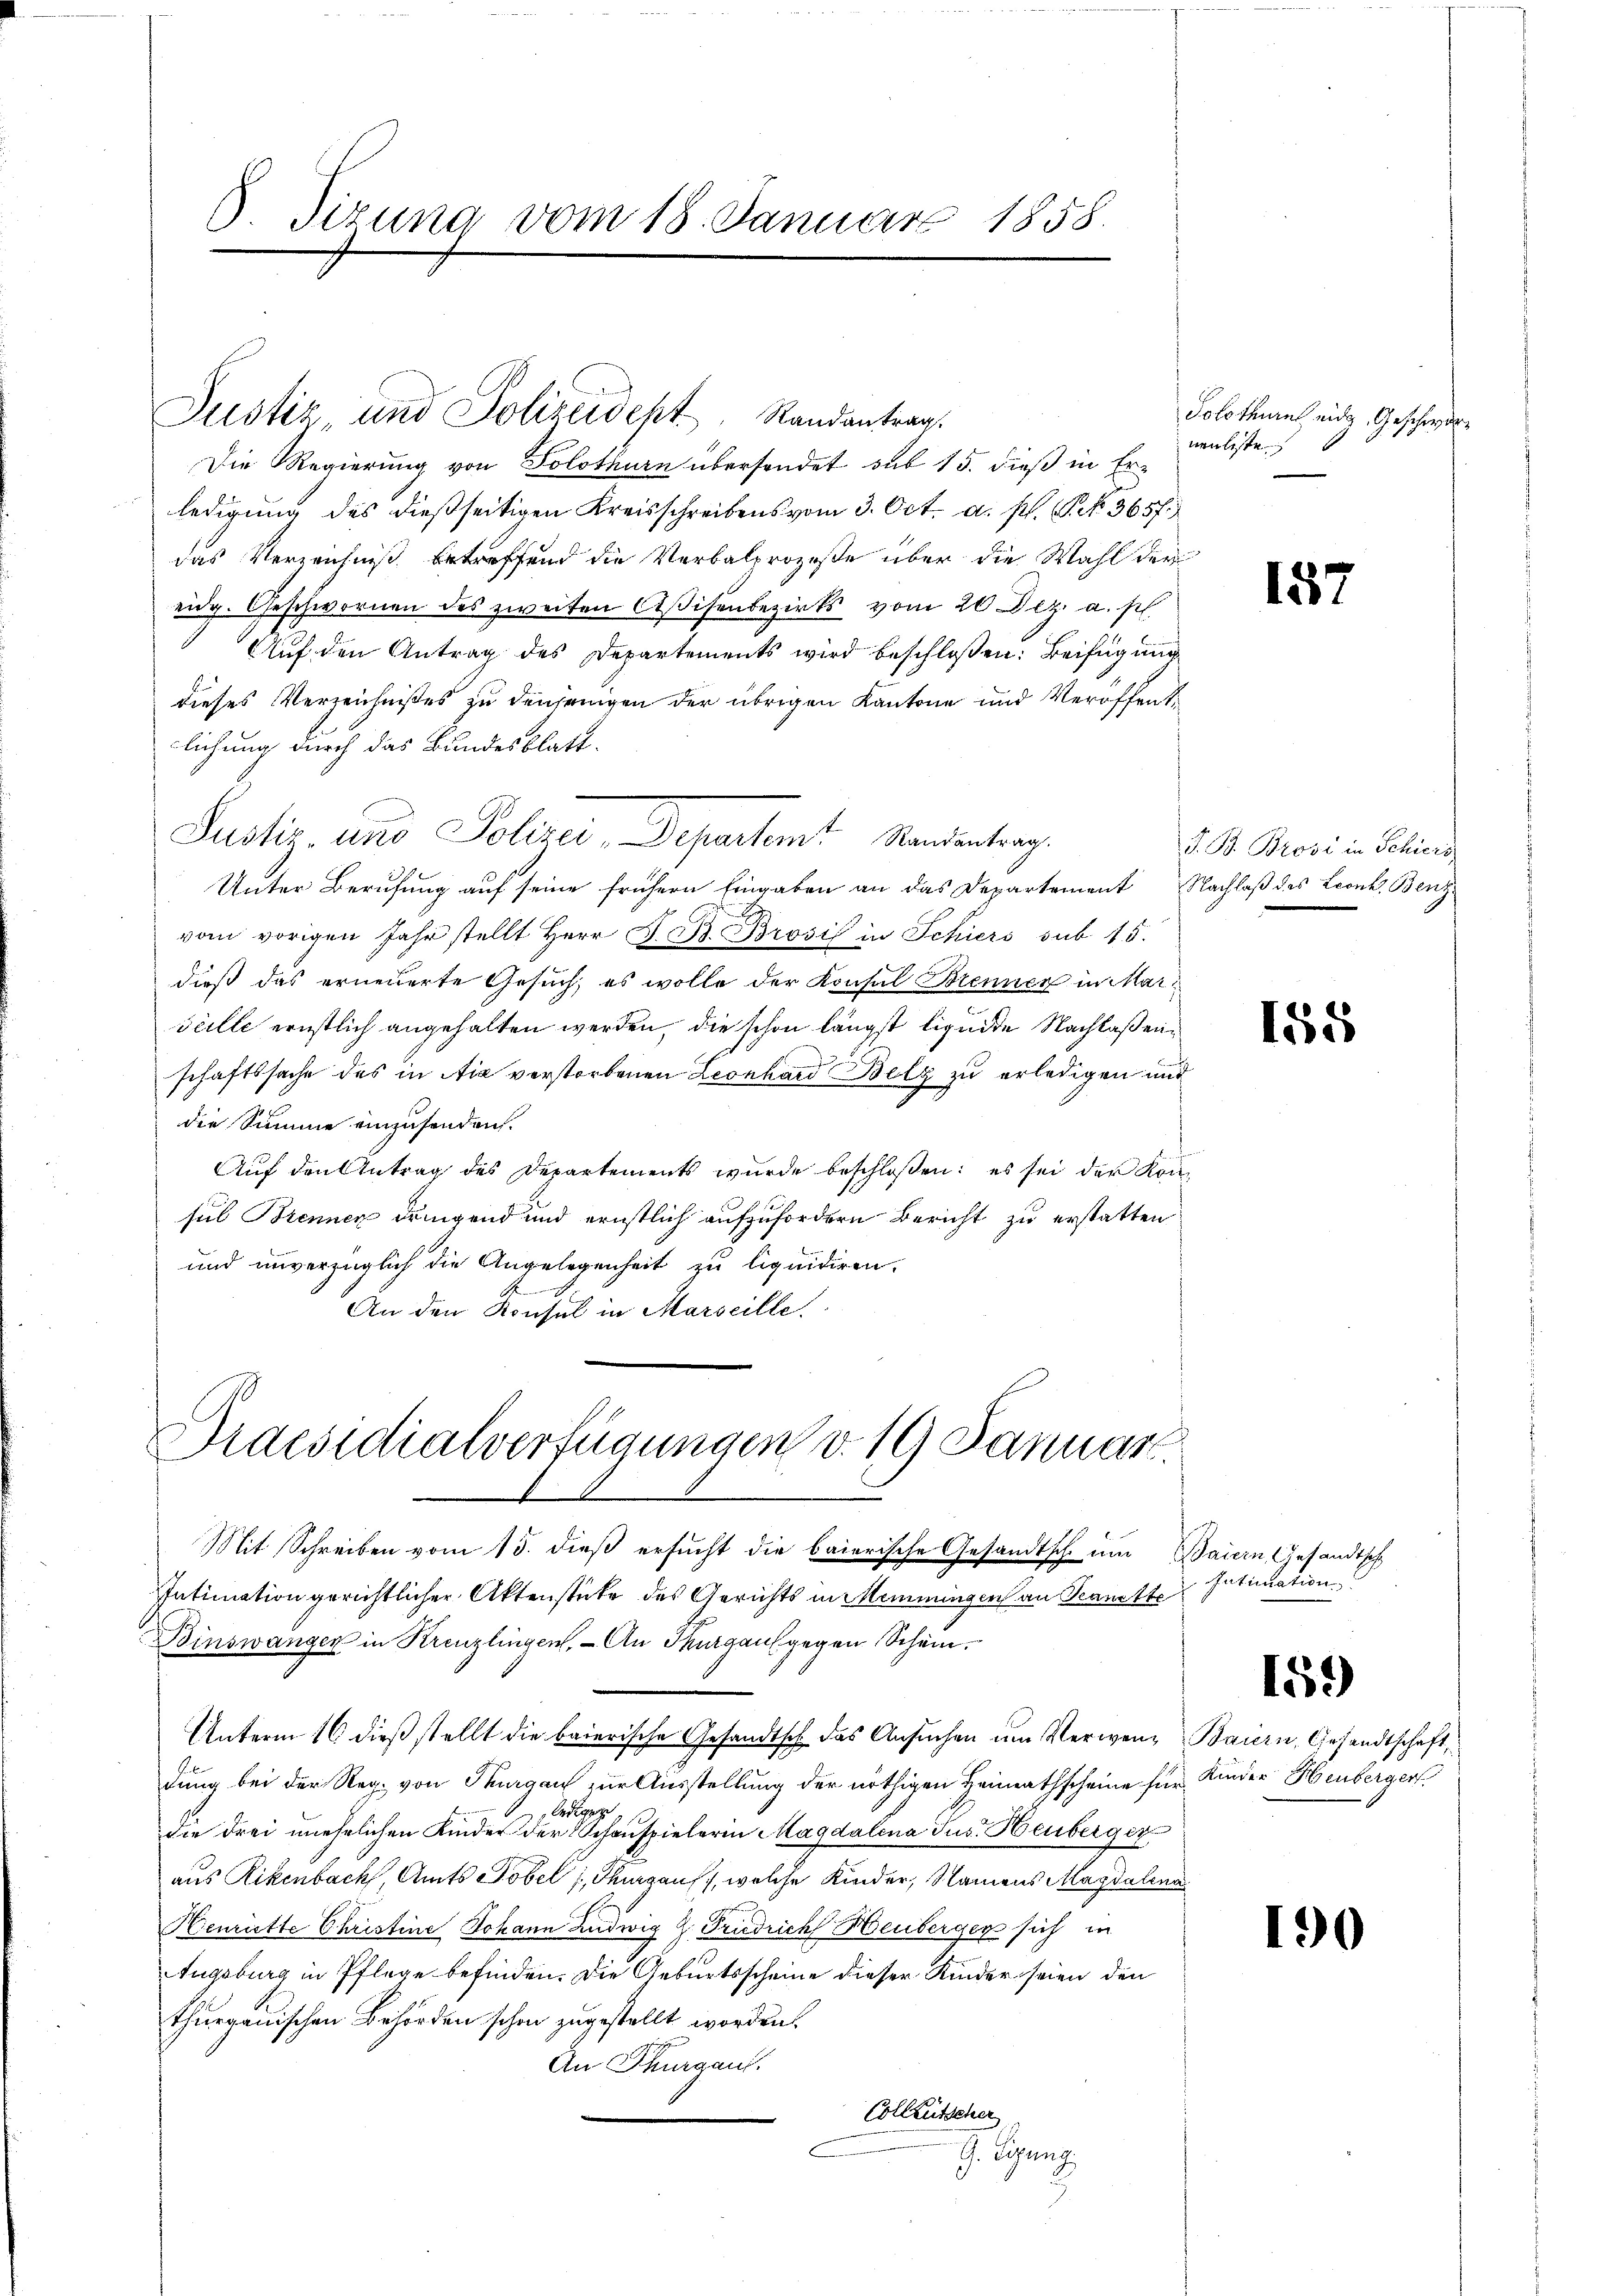
S. Tizung vom 18. Januar 1858.

Justiz und Polizeidept. Randantrag.
Die Regierung von Solothurn übersendet aus 15. dieß in Erledigung des dießseitigen Kreisschreibens vom 3. Oct. a. p. P. N. 3657.
das Verzeichniß betreffend die Verbalprozeße über die Wahl der
eidg. Geschwornen des zweiten Aßisenbezirks vom 20 Dez. a. p.
 Auf den Antrag des Departements wird beschloßen: Beifügung
dieses Verzeichnißes zu denjenigen der übrigen Kantone und Veröffentlichung durch das Bundesblatt.
Unter Berufung auf seine frühern Eingaben an das Departement Nachlaß des Leonk. Benz
vom vorigen Jahr stellt Herr F. B. Brosis in Schiers sub 15.
dieß das erneuerte Gesuch, es wolle der Konsul Brenner in Marseille ernstlich angehalten werden, die schon längst liquide Nachlaßenschaftssache des in Aix verstorbenen Leonhard Belz zu erledigen und
die Summe einzusenden.
Auf den Antrag des Departements wurde beschloßen: es sei der Konsul Brennen dringend und ernstlich aufzufordern Bericht zu erstatten
und unverzüglich die Angelegenheit zu liquidiren.
An den Konsul in Marseille

Justiz und Polizei, Departamt Randentrag.

Mit Schreiben vom 15. dieß ersucht die baierische Gesandtsch um Baiern Gesandtsch
Intimation gerichtlicher Aktenstücke des Gerichts in Memmingen an Sanitte
Binswanger in Kreuzlingen, - An Thurgau gegen Schein.
Unterm 16 dieß stellt die baierische Gesandtsch das Ansŭchen um Verwen- Baiern, Gesandtschaft,
dung bei der Reg. von Thurgau zur Ausstellung der nöthigen Heimathscheine für Kinder Heuberger
 ledigen
die drei unehelichen Kinder der Schauspielerin Magdalena Jus. Heuberger
aus Rikenbach, Amts Tobel 1, Thurgaus, welche Kinder, Namens Magdalena
Henriette Christine Johann Ludwig Z. Friedrich Heuberger sich in
Augsburg in Pflege befinden. Die Geburtsscheine dieser Kinder seien den
thurgauischen Behörden schon zugestellt worden.
An Thurgau.
Colleutscher
J. Guns

Praesidialverfügungen v. 19 Januar

Solothurn eidg. Geschwöre
nenliste

187

J. B. Brosi in Schiers

155

Intimation

15.

190